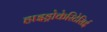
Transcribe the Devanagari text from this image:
हाइड्रोकेरिटेसिई